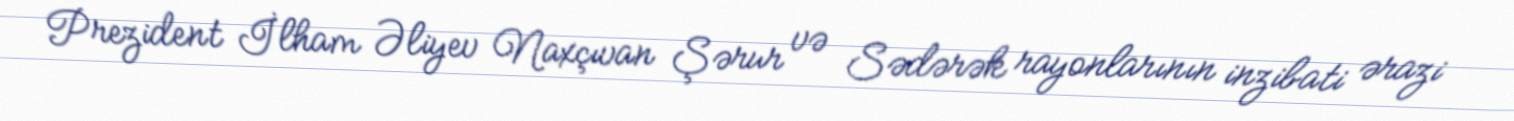
Prezident İlham Əliyev Naxçıvan Şərur və Sədərək rayonlarının inzibati ərazi